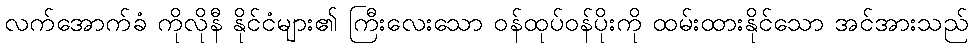
လက်အောက်ခံ ကိုလိုနီ နိုင်ငံများ၏ ကြီးလေးသော ဝန်ထုပ်ဝန်ပိုးကို ထမ်းထားနိုင်သော အင်အားသည်